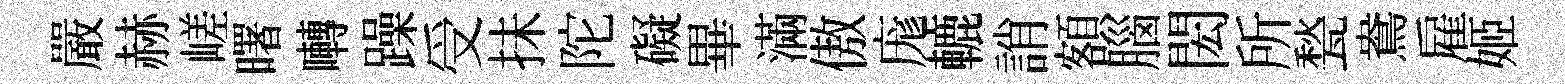
嚴赫嵯曙囀躁受抺陀礙畢滿傲庬轆誚額腦閎所甃鴦雇姬